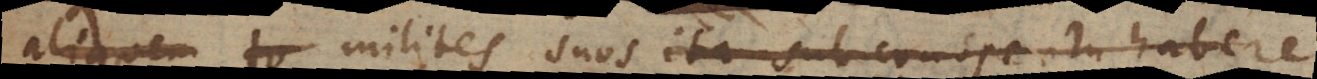
centurionem milites suos ita sub conspectu habere,